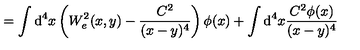
= \int \mathrm { d } ^ { 4 } x \left( W _ { e } ^ { 2 } ( x , y ) - \frac { C ^ { 2 } } { ( x - y ) ^ { 4 } } \right) \phi ( x ) + \int \mathrm { d } ^ { 4 } x \frac { C ^ { 2 } \phi ( x ) } { ( x - y ) ^ { 4 } }